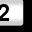
Digit: 2